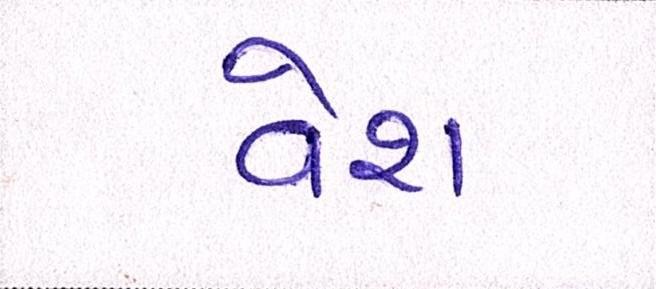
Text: વેશ